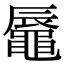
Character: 𪓧